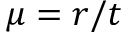
\mu = r / t